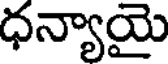
ధన్యాయై